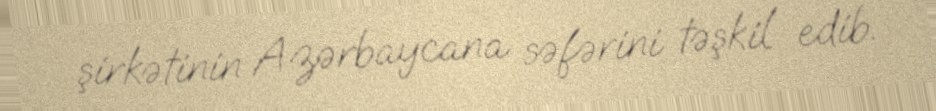
şirkətinin Azərbaycana səfərini təşkil edib.